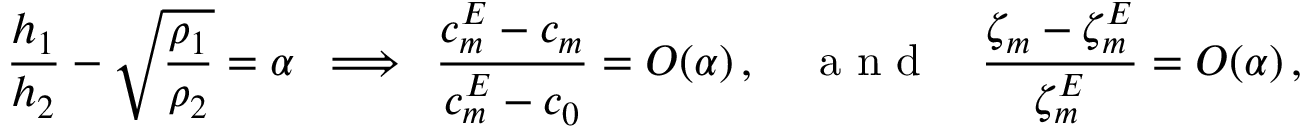
{ \frac { h _ { 1 } } { h _ { 2 } } } - \sqrt { \frac { \rho _ { 1 } } { \rho _ { 2 } } } = \alpha \, \, \, \Longrightarrow \, \, \, { \frac { c _ { m } ^ { E } - c _ { m } } { c _ { m } ^ { E } - c _ { 0 } } } = O ( \alpha ) \, , \quad \mathrm { ~ a ~ n ~ d ~ } \quad { \frac { \zeta _ { m } - \zeta _ { m } ^ { E } } { \zeta _ { m } ^ { E } } } = O ( \alpha ) \, ,